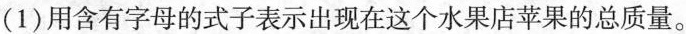
(1)用含有字母的式子表示出现在这个水果店苹果的总质量。